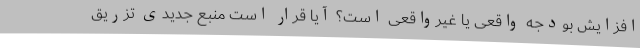
افزایش بودجه واقعی یا غیرواقعی است؟ آیا قرار است منبع جدیدی تزریق